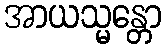
အာယသ္မန္တော